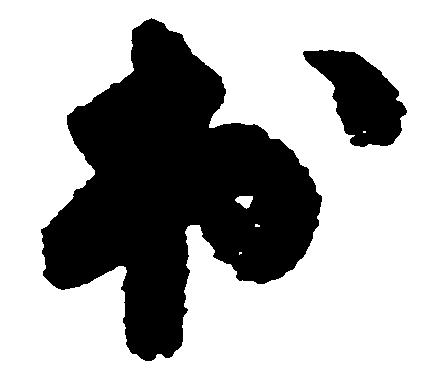
出